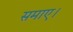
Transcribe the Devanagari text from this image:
समाए।